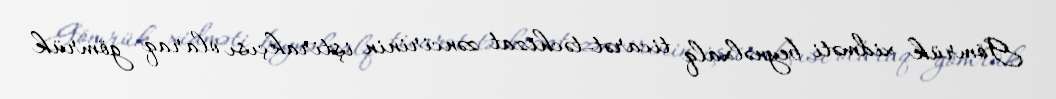
Gömrük xidməti beynəlxalq ticarət-təchizat zəncirinin iştirakçısı olaraq gömrük